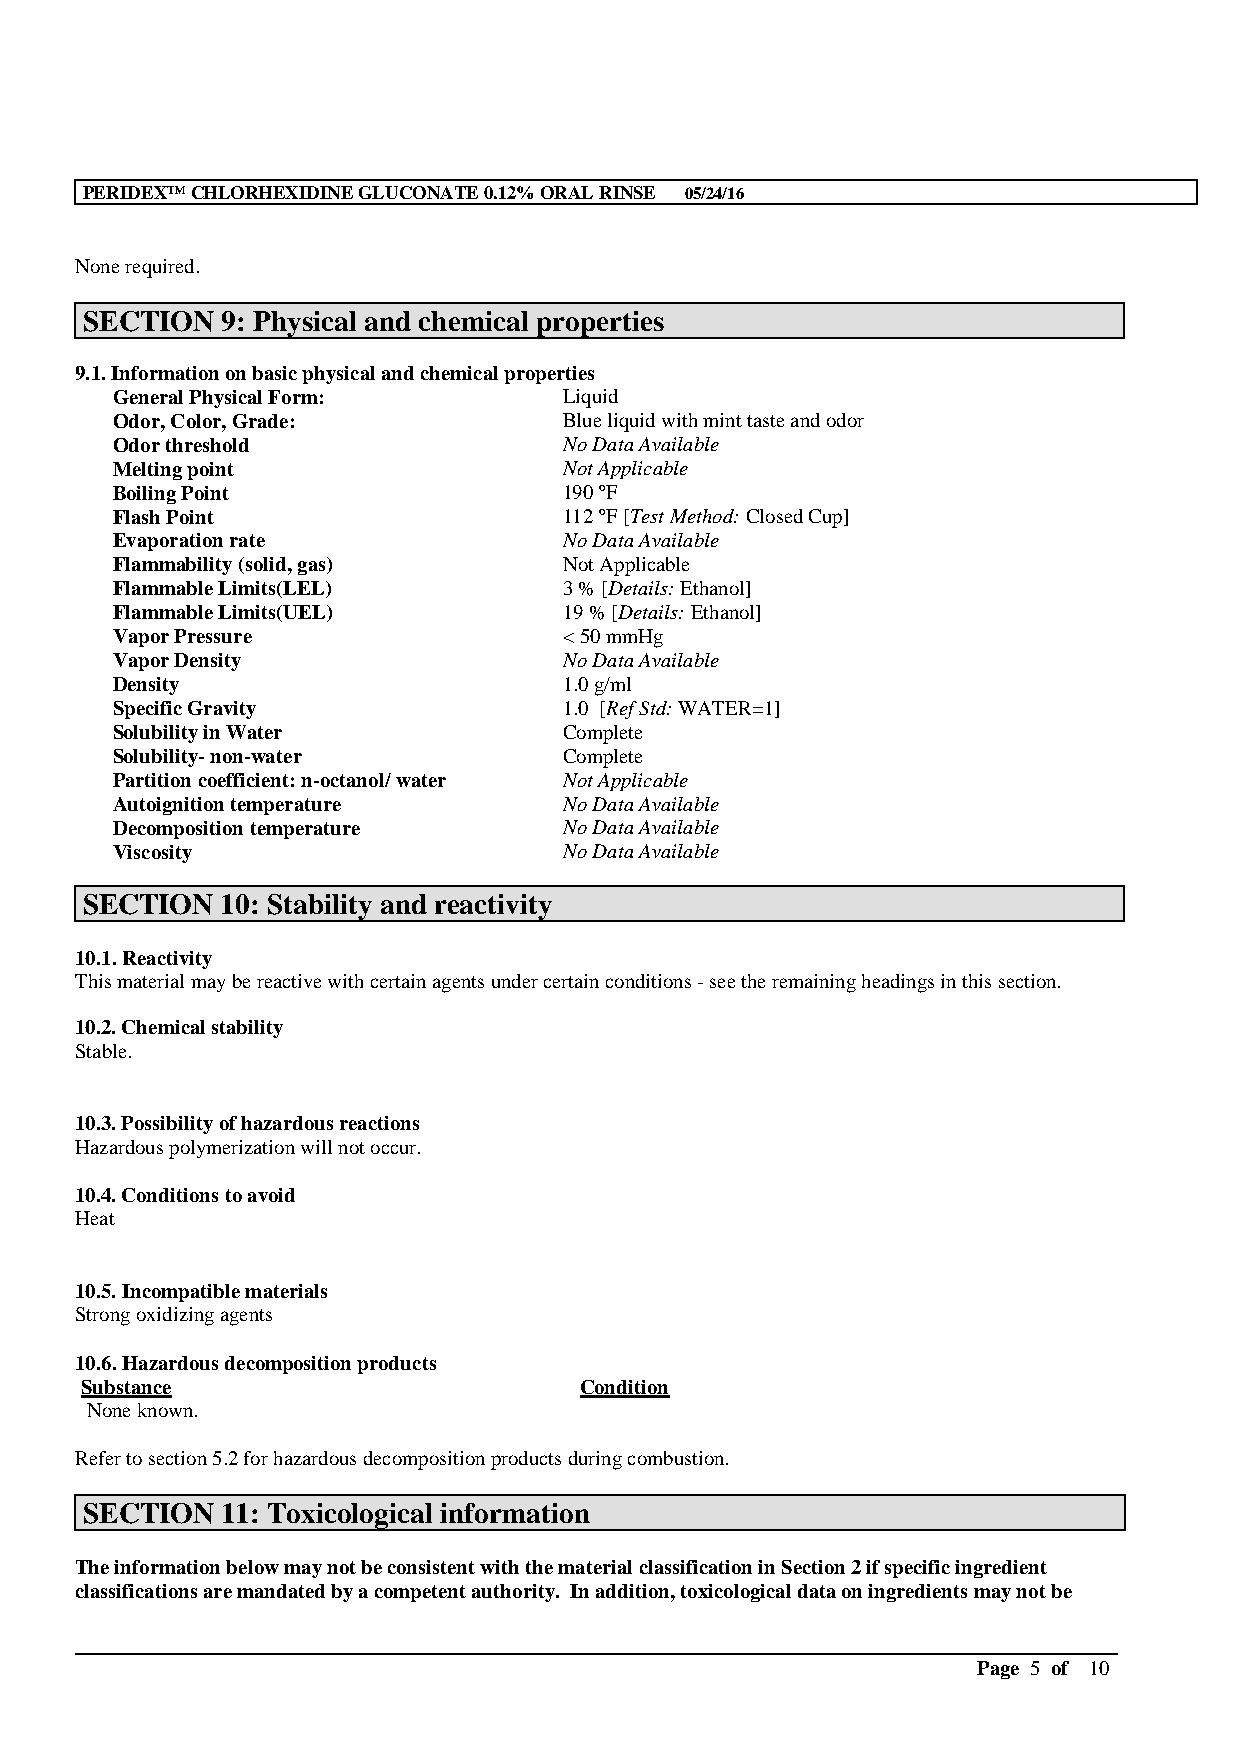
PERIDEX™CHLORHEXIDINE GLUCONATE 0.12% ORAL RINSE 05/24/16
 None required.
 SECTION   9: Physical and chemical properties
 9.1. Information on basic physical and chemical properties
 General Physical Form:        Liquid
 Odor, Color, Grade:           Blue liquid with mint taste and odor
 Odor threshold                No Data Available
 Melting point                 Not Applicable
 Boiling Point                 190 ºF
 Flash Point                   112 ºF [Test Method: Closed Cup]
 Evaporation rate              No Data Available
 Flammability (solid, gas)     Not Applicable
 Flammable Limits(LEL)         3 % [Details: Ethanol]
 Flammable Limits(UEL)         19 % [Details: Ethanol]
 Vapor Pressure                < 50 mmHg
 Vapor Density                 No Data Available
 Density                       1.0 g/ml
 Specific Gravity              1.0 [Ref Std: WATER=1]
 Solubility in Water           Complete
 Solubility-non-water          Complete
 Partition coefficient: n-octanol/ water Not Applicable
 Autoignition temperature      No Data Available
 Decomposition temperature     No Data Available
 Viscosity                     No Data Available
 SECTION   10: Stability and reactivity
 10.1. Reactivity
 This material may be reactive with certain agents under certain conditions -see the remaining headings in this section.
 10.2. Chemical stability
 Stable.
 10.3. Possibility of hazardous reactions
 Hazardous polymerization will not occur.
 10.4. Conditions to avoid
 Heat
 10.5. Incompatible materials
 Strong oxidizing agents
 10.6. Hazardous decomposition products
 Substance                        Condition
 None known.
 Refer to section 5.2 for hazardous decomposition products during combustion.
 SECTION   11: Toxicological information
 The information below may not be consistent with the material classification in Section 2 if specific ingredient
 classificationsare mandated by a competent authority. In addition, toxicological data on ingredients may not be
 __________________________________________________________________________________________
 Page 5 of 10